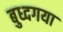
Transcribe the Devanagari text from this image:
बुध्दगया